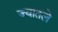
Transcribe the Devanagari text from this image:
ज्यातले